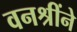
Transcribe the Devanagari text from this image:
वनश्रींने